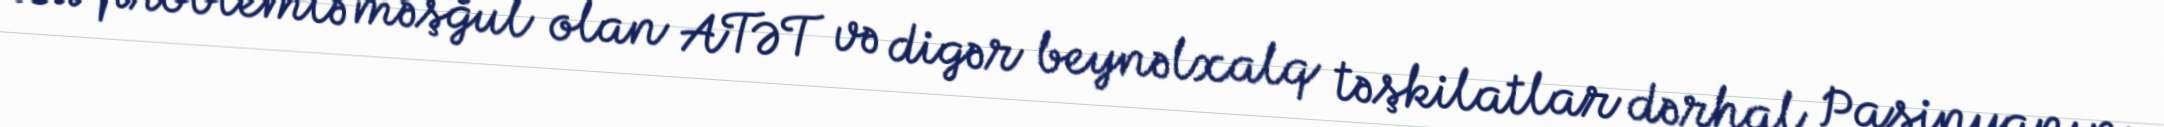
Bu problemlə məşğul olan ATƏT və digər beynəlxalq təşkilatlar dərhal Paşinyanın